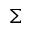
\Sigma